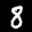
Label: 8